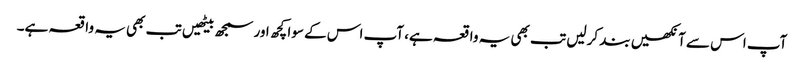
آپ اس سے آنکھیں بند کرلیں تب بھی یہ واقعہ ہے، آپ اس کے سوا کچھ اور سمجھ بیٹھیں تب بھی یہ واقعہ ہے۔